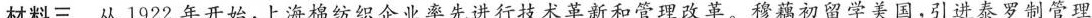
材料三从1922年开始，上海棉纺织企业率先进行技术革新和管理改革。穆藕初留学美国，引进泰罗制管理